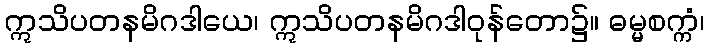
ဣသိပတနမိဂဒါယေ၊ ဣသိပတနမိဂဒါဝုန်တော၌။ ဓမ္မစက္ကံ၊